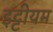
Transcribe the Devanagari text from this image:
इट्टीयम